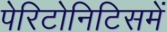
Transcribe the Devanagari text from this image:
पेरिटोनिटिसमें